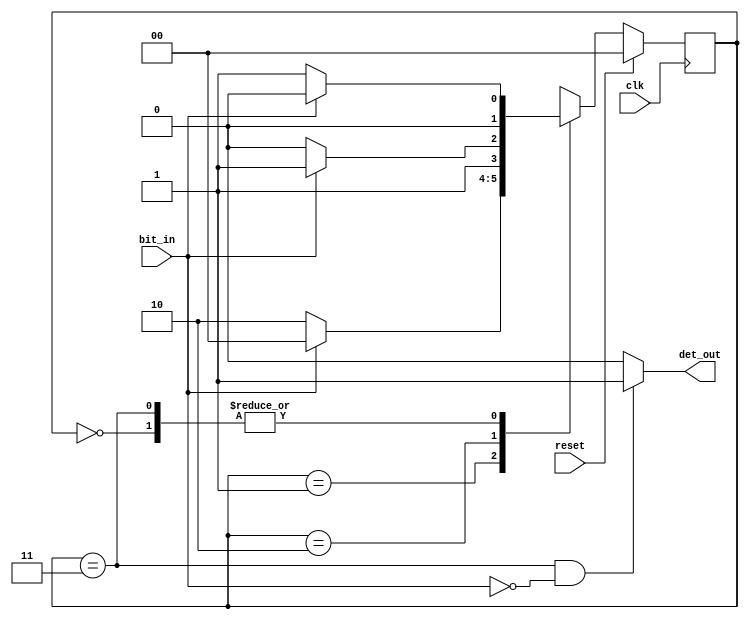
// Serial Input BitStream Pattern Detector
module fsm_bspd(clk, reset, bit_in, det_out);
input 	clk, reset, bit_in;
output 	reg det_out;

reg [1:0] cs,ns;

parameter s0=2'd0;
parameter s1=2'd1;
parameter s2=2'd2;
parameter s3=2'd3;

//current-state save the value of cs -> sequential circuit
always@(posedge clk)
begin
	if(reset)
	begin
		cs<=s0;	
	end
	else
	begin
		cs<=ns;	
	end
end

//next-state follow input and current-state to change value immediately ->
//combinational circuit
always@(*)
begin
	 case(cs)
                s0:ns=(bit_in)?s0:s1;
                s1:ns=(bit_in)?s0:s2;
                s2:ns=(bit_in)?s3:s2;
                s3:ns=(bit_in)?s0:s1;
				default:ns=s0;
         endcase
end

//output
always@(*)
begin
	det_out=(cs==s3&&bit_in==0)?1:0;
end
endmodule